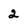
Character: 2